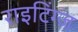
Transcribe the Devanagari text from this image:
राइटिंग्ज